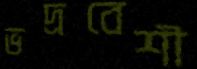
ভদ্রবেশী